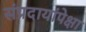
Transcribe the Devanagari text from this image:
संप्रदायांपेक्षा